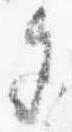
色